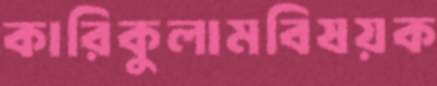
কারিকুলামবিষয়ক